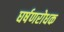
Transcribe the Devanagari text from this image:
घर्षणरोधक